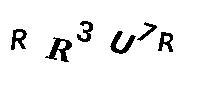
RR3U7R